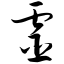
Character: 灵